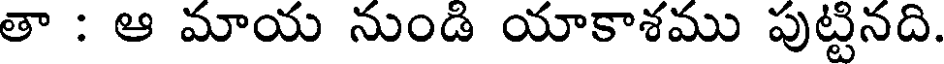
తా : ఆ మాయ నుండి యాకాశము పుట్టినది.